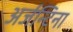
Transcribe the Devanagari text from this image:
अर्जन्टिना